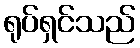
ရုပ်ရှင်သည်